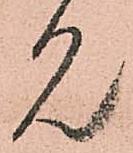
見